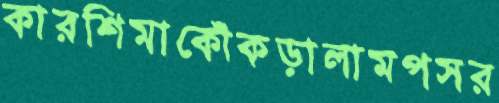
কারশিমাকোঁকড়ালামপসর